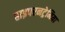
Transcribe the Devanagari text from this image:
हाइपरनट्रेमिया